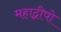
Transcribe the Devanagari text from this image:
महाद्वीपो